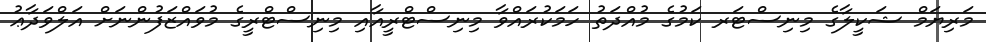
މަރިޔަމް ޝަކީލާގެ މިނިސްޓަރ ކަމުގެ މުއްދަތު ހަމަކުރައްވާ މިނިސްޓްރީއާއި މިނިސްޓްރީގެ މުވައްޒަފުންނަށް އަލްވަދާޢު